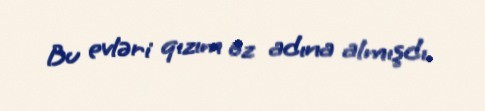
Bu evləri qızım öz adına almışdı.